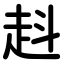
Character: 﨣